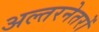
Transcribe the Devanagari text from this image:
अल्तरनेतरों